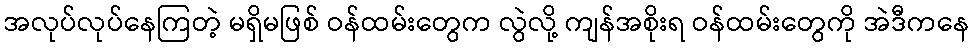
အလုပ်လုပ်နေကြတဲ့ မရှိမဖြစ် ဝန်ထမ်းတွေက လွဲလို့ ကျန်အစိုးရ ဝန်ထမ်းတွေကို အဲဒီကနေ